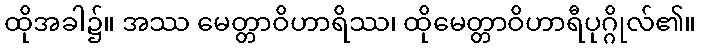
ထိုအခါ၌။ အဿ မေတ္တာဝိဟာရိဿ၊ ထိုမေတ္တာဝိဟာရီပုဂ္ဂိုလ်၏။